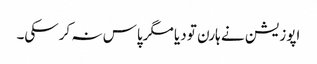
اپوزیشن نے ہارن تو دیا مگرپاس نہ کرسکی۔